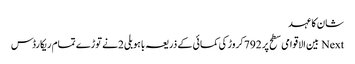
شان کا عہد
Next بین الاقوامی سطح پر 792کروڑ کی کمائی کے ذریعہ باہوبلی 2نے توڑے تمام ریکارڈس